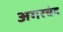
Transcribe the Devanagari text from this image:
अगरचंद